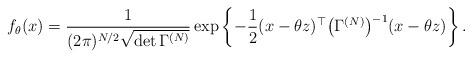
LaTeX: \begin{align*}f_{\theta} (x)=\frac{1}{(2 \pi)^{N/2} \sqrt{\det \Gamma^{(N)}}}\exp\left\{- \frac{1}{2} ( x - \theta z )^\top \bigl(\Gamma^{(N)}\bigr)^{-1}( x - \theta z ) \right\} .\end{align*}